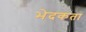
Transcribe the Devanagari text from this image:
भेदकता